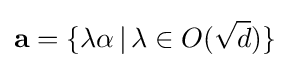
\mathbf {a} =\{\lambda \alpha \,|\,\lambda \in O({\sqrt {d}})\}